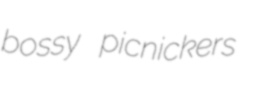
bossy picnickers